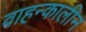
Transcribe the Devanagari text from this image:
वाहन्कालीन